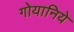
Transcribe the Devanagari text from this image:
गोयानिये